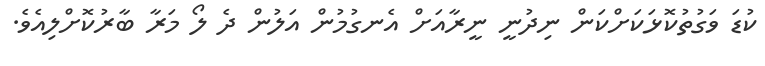
ކުޑަ ވަގުތުކޮޅަކަށްކަން ނިދުނީ ނީރާއަށް އެނގުމުން އަލުން ދެ ލޯ މަރާ ބާރުކޮށްލިއެވެ.